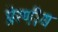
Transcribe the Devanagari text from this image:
प्रेरणीय